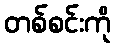
တစ်စင်းကို